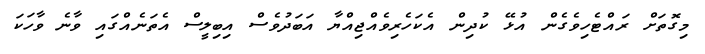
މިގޮތަށް ރައްޓެހިވެގެން އުޅޭ ކުދިން އެކަހެރިވެއްޖިއްޔާ އަބަދުވެސް އިބިލީސް އެތަނެއްގައި ވާނެ ވާހަކަ